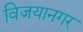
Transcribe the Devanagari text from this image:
विजयानगर